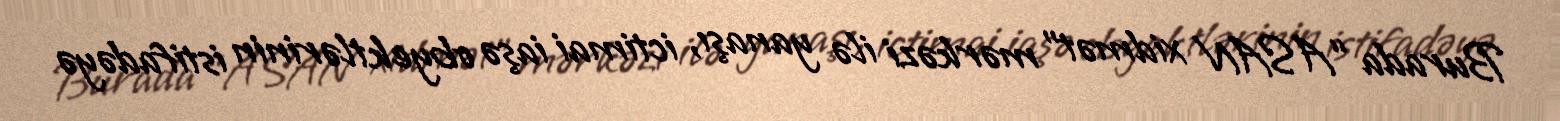
Burada “ASAN xidmət” mərkəzi ilə yanaşı, ictimai iaşə obyektlərinin istifadəyə